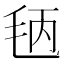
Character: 𱥞